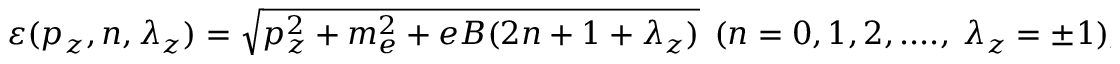
\varepsilon ( p _ { z } , n , \lambda _ { z } ) = \sqrt { p _ { z } ^ { 2 } + m _ { e } ^ { 2 } + e B ( 2 n + 1 + \lambda _ { z } ) } \ \ ( n = 0 , 1 , 2 , . . . . , \ \lambda _ { z } = \pm 1 ) ,